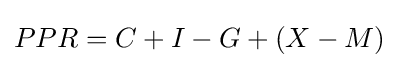
PPR=C+I-G+(X-M)